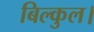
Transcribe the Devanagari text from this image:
बिल्कुल।